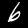
Digit: 6